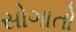
સોગાતો